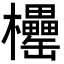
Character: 𣡧